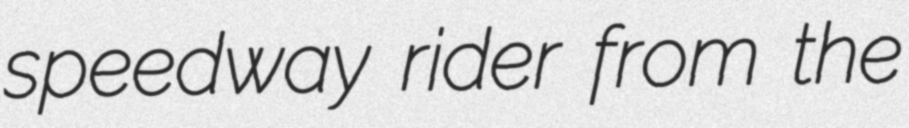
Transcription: speedway rider from the